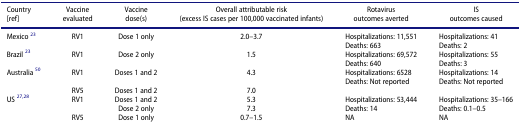
<table><thead><tr><td><b>Country [ref]</b></td><td><b>Vaccine evaluated</b></td><td><b>Vaccine dose(s)</b></td><td><b>Overall attributable risk (excess IS cases per 100,000 vaccinated infants)</b></td><td><b>Rotavirus outcomes averted</b></td><td><b>IS outcomes caused</b></td></tr></thead><tbody><tr><td>Mexico <sup>23</sup></td><td>RV1</td><td>Dose 1 only</td><td>2.0–3.7</td><td>Hospitalizations: 11,551</td><td>Hospitalizations: 41</td></tr><tr><td> </td><td> </td><td> </td><td> </td><td>Deaths: 663</td><td>Deaths: 2</td></tr><tr><td>Brazil <sup>23</sup></td><td>RV1</td><td>Dose 2 only</td><td>1.5</td><td>Hospitalizations: 69,572 </td><td>Hospitalizations: 55</td></tr><tr><td> </td><td> </td><td> </td><td> </td><td>Deaths: 640</td><td>Deaths: 3</td></tr><tr><td>Australia <sup>50</sup></td><td>RV1</td><td>Doses 1 and 2</td><td>4.3</td><td>Hospitalizations: 6528</td><td>Hospitalizations: 14</td></tr><tr><td> </td><td> </td><td> </td><td> </td><td>Deaths: Not reported</td><td>Deaths: Not reported</td></tr><tr><td> </td><td>RV5</td><td>Doses 1 and 2</td><td>7.0</td><td> </td><td> </td></tr><tr><td>US <sup>27,28</sup></td><td>RV1</td><td>Doses 1 and 2</td><td>5.3</td><td>Hospitalizations: 53,444</td><td>Hospitalizations: 35–166</td></tr><tr><td> </td><td> </td><td>Dose 2 only</td><td>7.3</td><td>Deaths: 14</td><td>Deaths: 0.1–0.5</td></tr><tr><td> </td><td>RV5</td><td>Dose 1 only</td><td>0.7–1.5</td><td>NA</td><td>NA</td></tr></tbody></table>